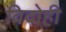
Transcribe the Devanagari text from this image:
विदोही